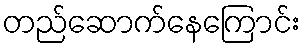
တည်ဆောက်နေကြောင်း